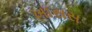
ખાસસ